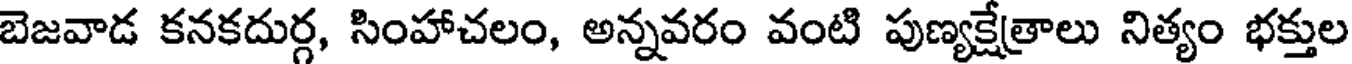
బెజవాడ కనకదుర్గ, సింహాచలం, అన్నవరం వంటి పుణ్యక్షేత్రాలు నిత్యం భక్తుల